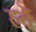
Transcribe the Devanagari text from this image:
हर्वे